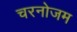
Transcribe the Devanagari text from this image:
चरनोजम